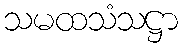
သမထသံသဋ္ဌာ